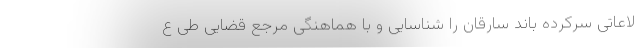
لاعاتی سرکرده باند سارقان را شناسایی و با هماهنگی مرجع قضایی طی ع